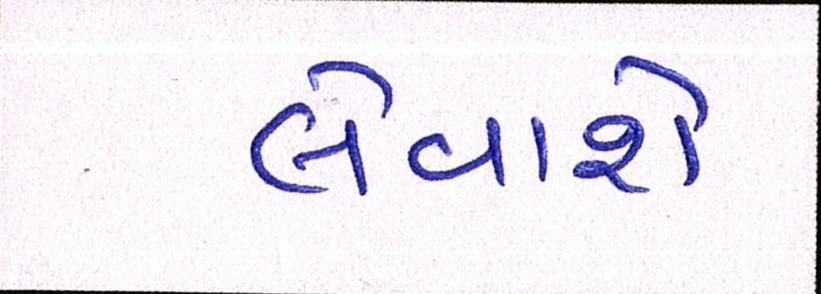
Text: લેવાશે